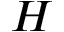
H